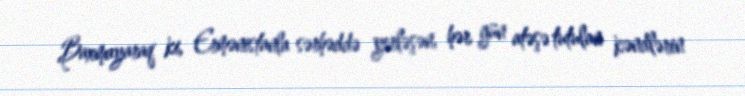
Baxmayaraq ki, Ermənistanla sərhəddə yerləşən, hər gün atəşə tutulan kəndlərin